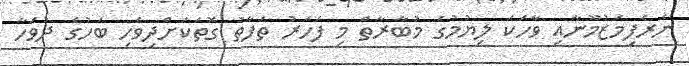
ނެރެފިމަޒުމޫނާއި ވާހަކަ ލިޔުމުގެ މުބާރާތް މި ފަހަރު ތަފާތު ގޮތަކަށްދިވެހި ބަހުގެ ދުވަހާ